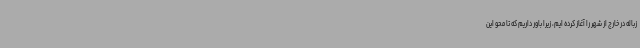
زباله در خارج از شهر را آغاز کرده ایم، زیرا باور داریم که تا محو این